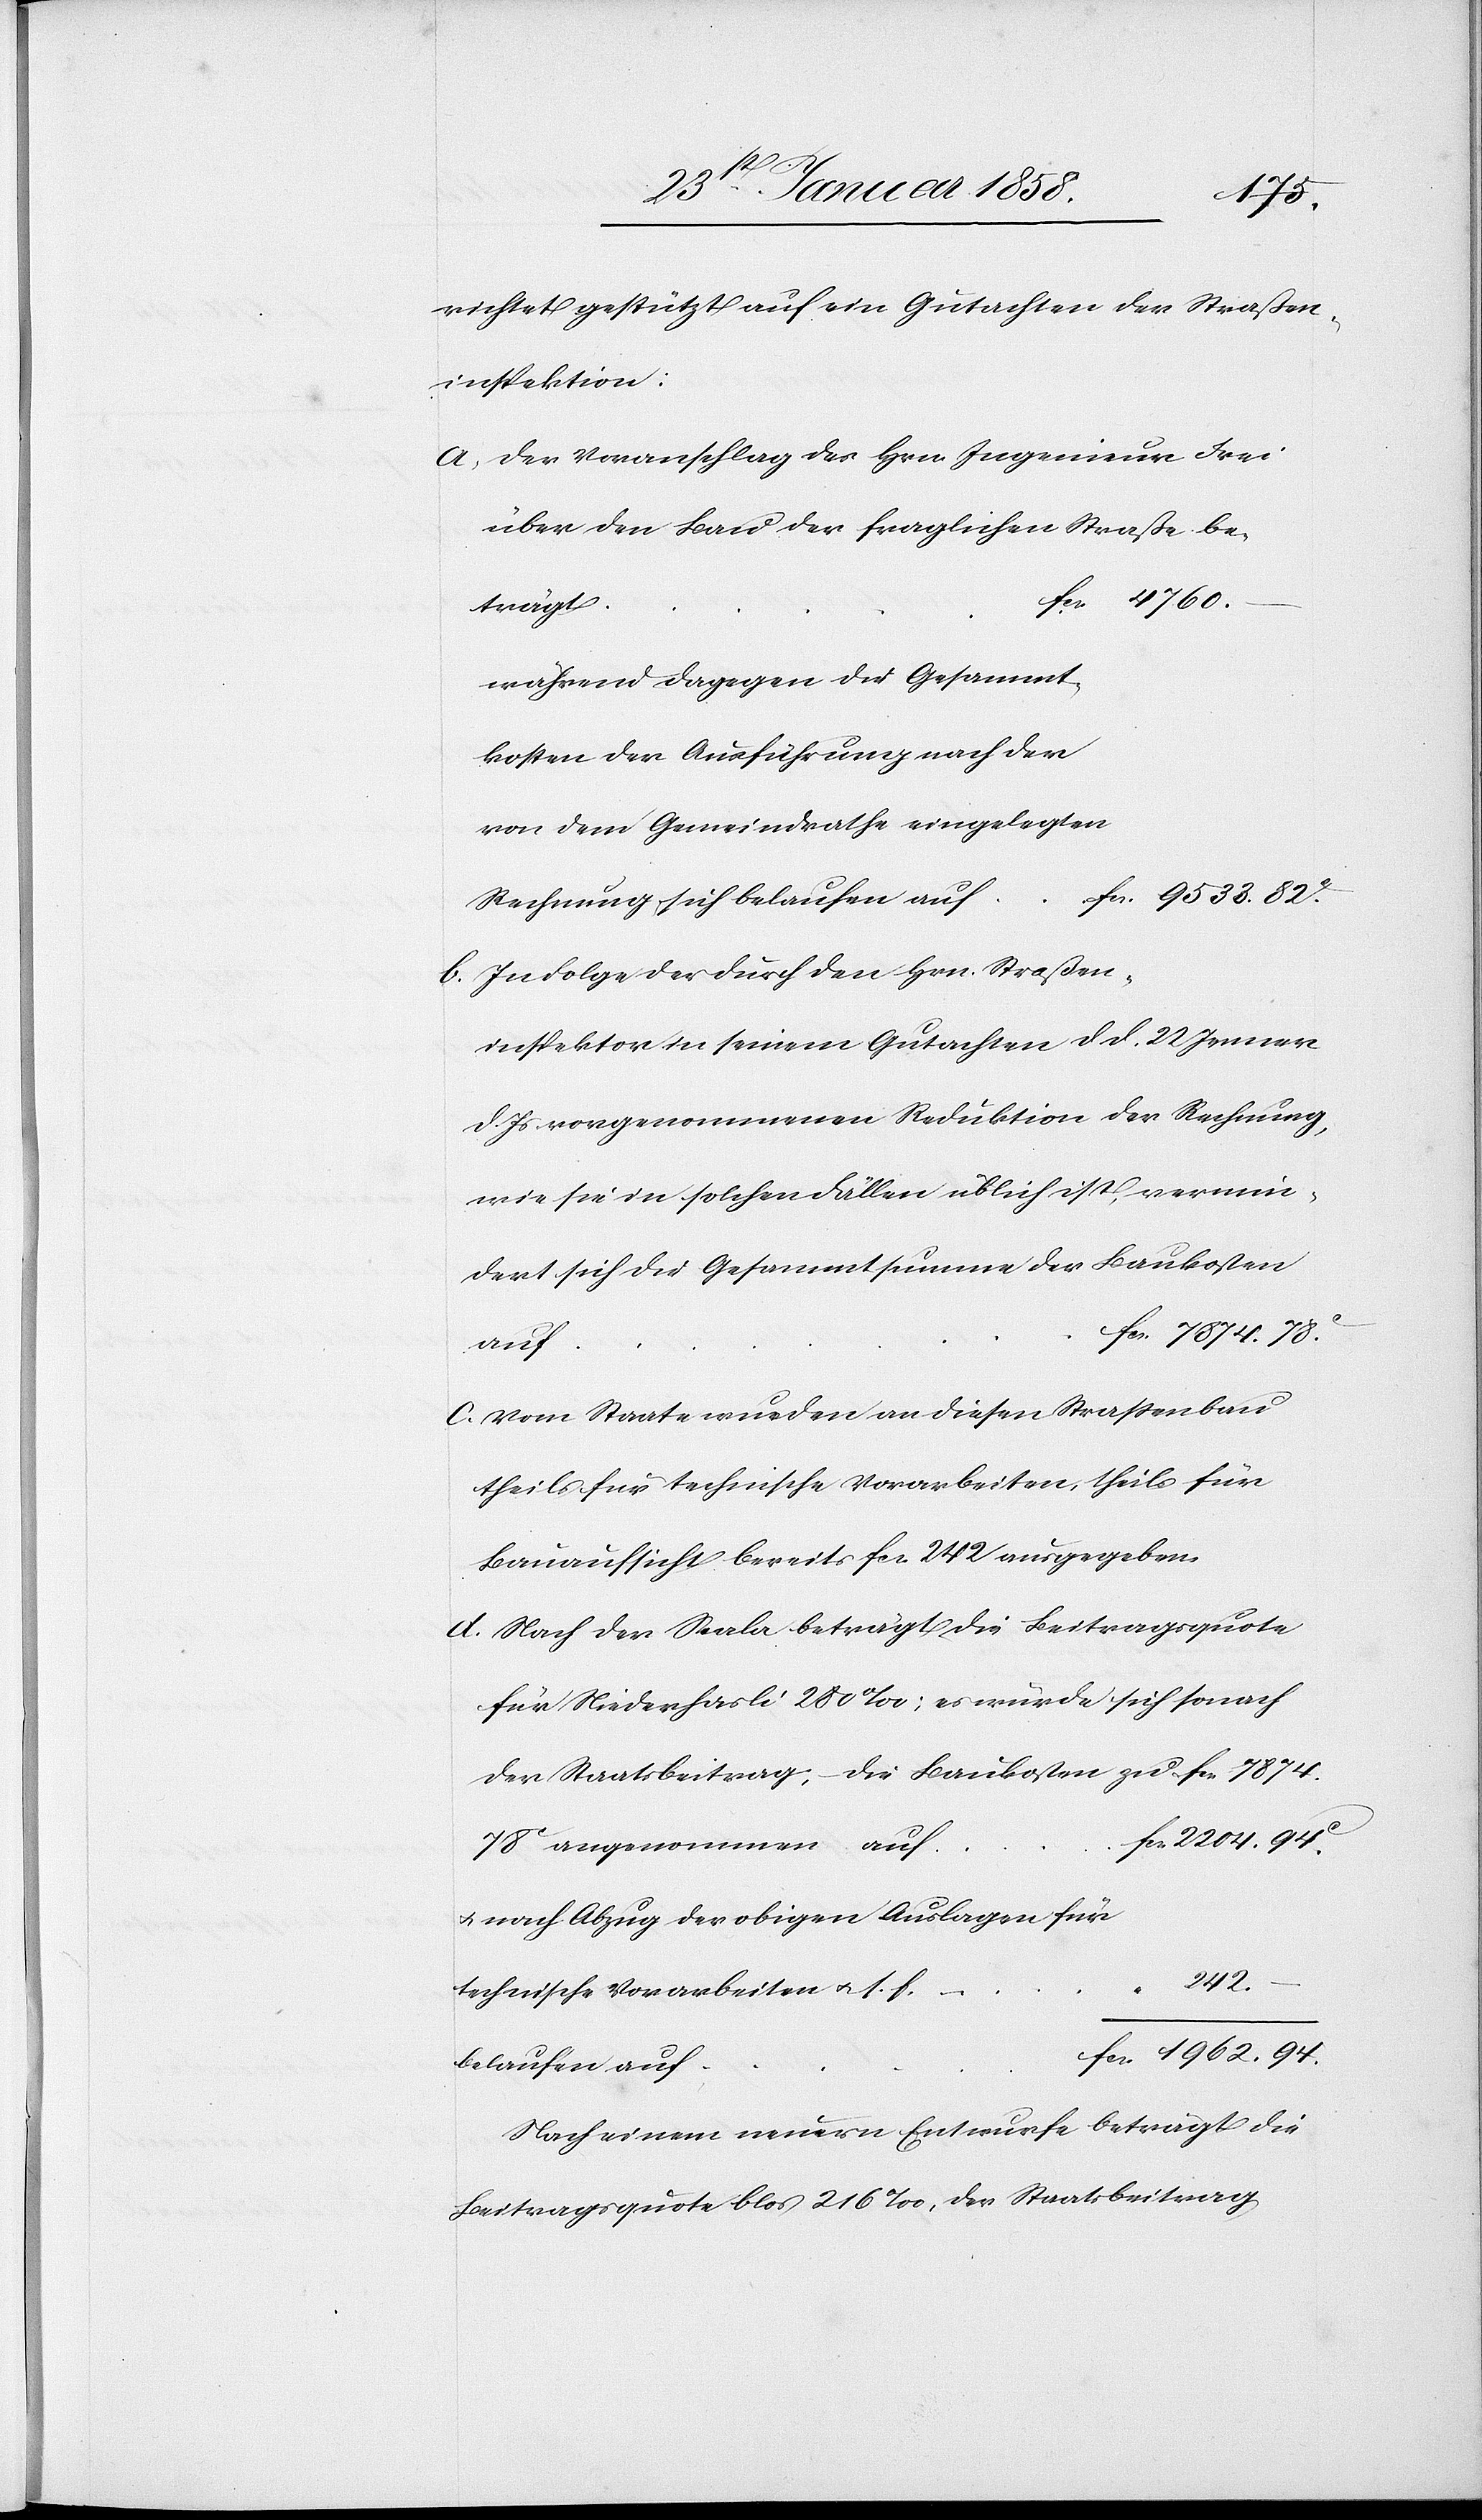
78.
richtet gestützt auf ein Gutachten der Straßen¬
inspektion:
Der Voranschlag des Hrn. Ingenieur Frei
über den Bau der fraglichen Straße be¬
trägt
während dagegen die Gesammt¬
kosten der Ausführung nach der
von dem Gemeindrathe eingelegten
Rechnung sich belaufen auf
In Folge der durch den Hrn. Straßen¬
inspektor in seinem Gutachten d. d. 22 Jenner
d. Js. vorgenommenen Reduktion der Rechnung,
wie sie in solchen Fällen üblich ist, vermin¬
dert sich die Gesammtsumme der Baukosten
auf
Vom Staate wurden an diesen Straßenbau
theils für technische Vorarbeiten, theils für
Bauaufsicht bereits fcs. 242 ausgegeben.
Nach der Scala beträgt die Beitragsquote
für Niederhasli 200 ‰; es würde sich sonach
der Staatsbeitrag; die Baukosten zu fcs. 7874.
78 c angenommen auf
u. nach Abzug der obigen Auslagen für
–
242.
technische Vorarbeiten u. s. f.
belaufen auf
94.
Nach einem neuern Entwurfe beträgt die
Beitragsquote blos 216 ‰, der Staatsbeitrag